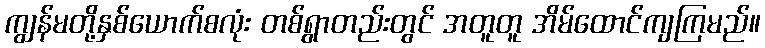
ကျွန်မတို့နှစ်ယောက်စလုံး တစ်ရွာတည်းတွင် အတူတူ အိမ်ထောင်ကျကြမည်။